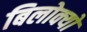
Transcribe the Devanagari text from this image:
बिलोक्‍यों